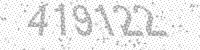
Solution: 419122